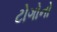
ટોગોનો